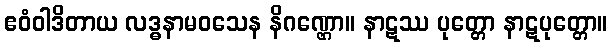
ဧဝံဝါဒိတာယ လဒ္ဓနာမဝသေန နိဂဏ္ဌော။ နာဋဿ ပုတ္တော နာဋပုတ္တော။